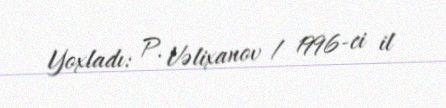
Yoxladı: P. Vəlixanov / 1996-ci il